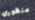
منظوري